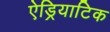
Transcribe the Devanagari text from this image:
ऐड्रियाटिक